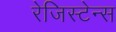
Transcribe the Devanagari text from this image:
रेजिस्टेन्स